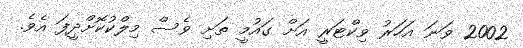
2002 ވަނަ އަހަރު ވިކްޓަރީ އަށް ގައުމީ ތަށި ވެސް މިލްކުކޮށްދީފަ އެވެ.